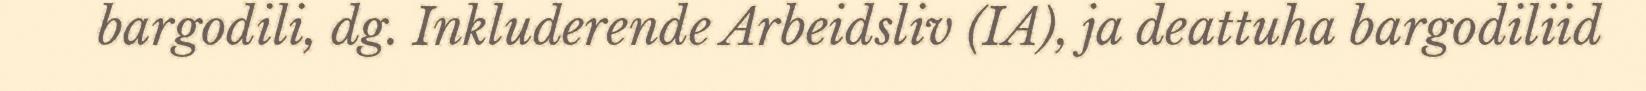
bargodili, dg. Inkluderende Arbeidsliv (IA), ja deattuha bargodiliid